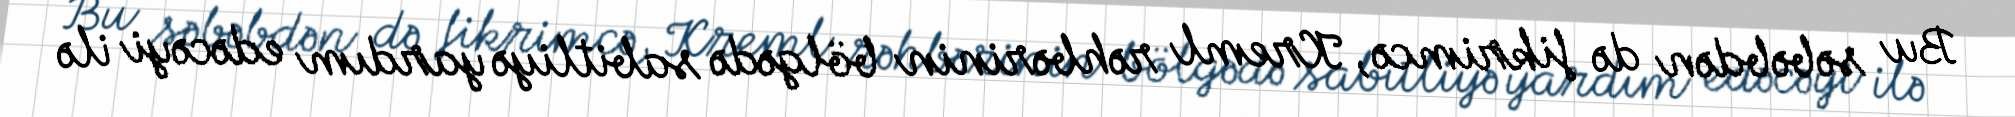
Bu səbəbdən də fikrimcə, Kreml rəhbərinin bölgədə sabitliyə yardım edəcəyi ilə